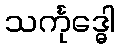
သင်္ကုဒ္ဓေါ